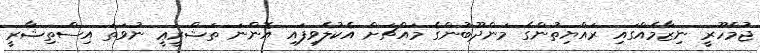
ޖުމްހޫރީ ނިޒާމެއްގައި ރައްޔިތުންގެ މަންދޫބުންގެ މައްޗަށް އެކުލެވިފައި އޮންނަ ތަޝްރީޢީ ނުވަތަ އިސްތިޝާރީ